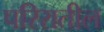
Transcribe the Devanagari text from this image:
परिरातील